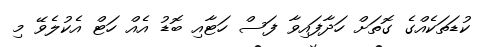
ކުޑަތަކެއްގެ ގޮތަށް ހަދާފައިވާ ފަސް ހަޓާއި ބޮޑު އެއް ހަޓް އެކުލެވޭ މި